Indian Medical Review
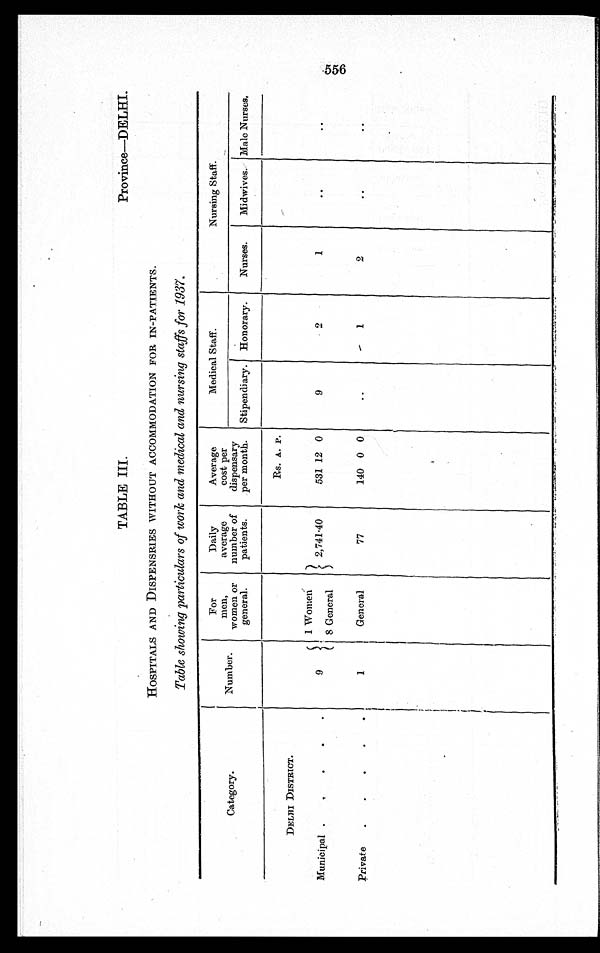
TABLE III.
Province—DELHI.
HOSPITALS AND DISPENSRIES WITHOUT ACCOMMODATION FOR IN-PATIENTS.
Table showing particulars of work and medical and nursing staffs for 1937.
Category.
Number.
For
men,
women or
general.
Daily
average
number of
patients.
Average
cost per
dispensary
per month.
Medical Staff.
Nursing Staff.
Stipendiary. Honorary. Nurses. Midwives. Male Nurses,
DELHI DI STRI CT.
Rs. A. P.
Municipal
9
1 Women
2,741.40
531 12 0
9
2
1
8 General
Private
1
General
77
140 0 0
1
2
GT